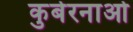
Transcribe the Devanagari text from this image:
कुबेरनाओ